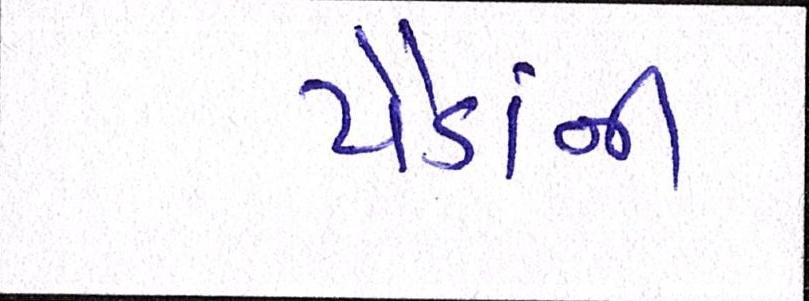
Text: પૈડાંની